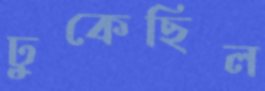
ঢুকেছিল